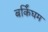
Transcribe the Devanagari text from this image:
बर्किंघम